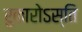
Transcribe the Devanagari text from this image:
रुकारोऽस्ति